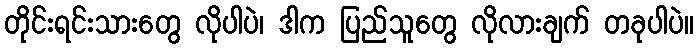
တိုင်းရင်းသားတွေ လိုပါပဲ၊ ဒါက ပြည်သူတွေ လိုလားချက် တခုပါပဲ။